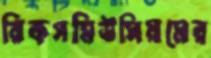
রিকসমিউসিয়মের